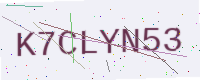
Text: K7CLYN53